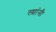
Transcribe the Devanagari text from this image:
त्य़ांनी